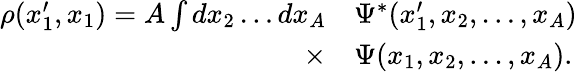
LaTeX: \begin{array}{rl}{\rho(x_{1}^{\prime},x_{1})=A\int dx_{2}\ldots dx_{A}}&{{}\Psi^{*}(x_{1}^{\prime},x_{2},\ldots,x_{A})}\\ {\times}&{{}\Psi(x_{1},x_{2},\ldots,x_{A}).}\end{array}